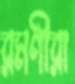
রমণীরা